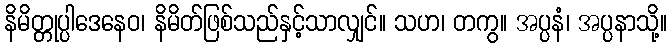
နိမိတ္တုပ္ပါဒေနေဝ၊ နိမိတ်ဖြစ်သည်နှင့်သာလျှင်။ သဟ၊ တကွ။ အပ္ပနံ၊ အပ္ပနာသို့။